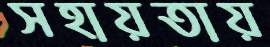
সহায়তায়